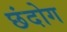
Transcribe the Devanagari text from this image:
छंदोग